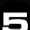
Digit: 5